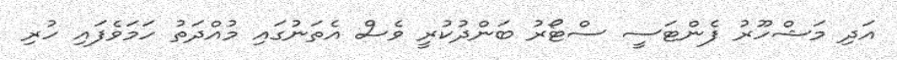
އަދި މަޝްހޫރު ފެންޓަސީ ސްޓޯރު ބަންދުކުރީ ވެސް އެތަނުގައި މުއްދަތު ހަމަވެފައި ހުރި